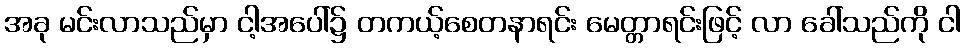
အခု မင်းလာသည်မှာ ငါ့အပေါ်၌ တကယ့်စေတနာရင်း မေတ္တာရင်းဖြင့် လာ ခေါ်သည်ကို ငါ